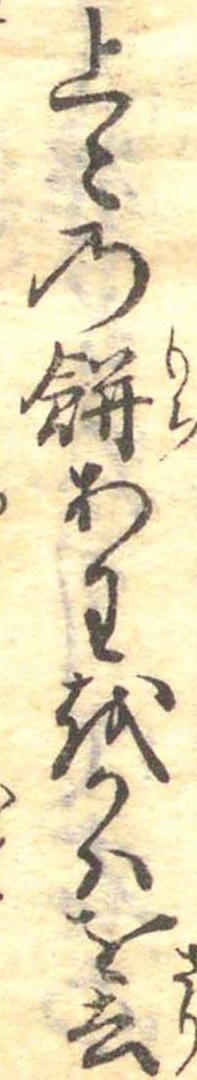
上〻の餅あわをかはを去